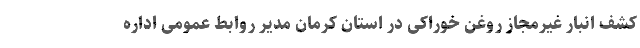
کشف انبار غیرمجاز روغن خوراکی در استان کرمان مدیر روابط عمومی اداره